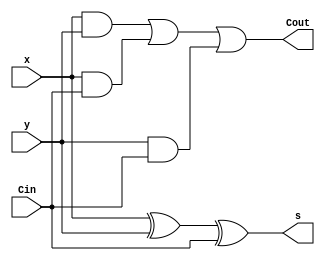
module fulladd (
    Cin,
    x,
    y,
    s,
    Cout
);



    input Cin,x,y;
    output s,Cout;

    assign s = x^y ^ Cin;
    assign Cout = (x&y) | (x&Cin) | (y&Cin);
    
endmodule